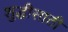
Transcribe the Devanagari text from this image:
शुद्धीसाठी